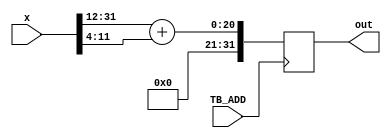
/**************************************
* Module: TB_ADD
*
* Description: Adds trap base address with tt 
***************************************/
module  TB_ADD(output reg[31:0] out, input wire[31:0] x, input TB_ADD);
 
 //11 a 4
 always@ (posedge TB_ADD)
  begin
  out = x[31:12] + x[11:4];
  end
endmodule